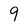
Character: 9